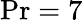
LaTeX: \mathrm{Pr}=7